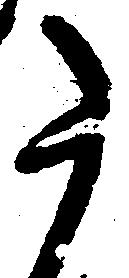
た